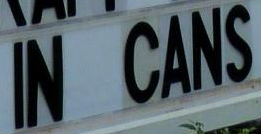
IN CANS